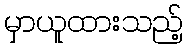
မှာယူထားသည့်